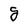
Character: g